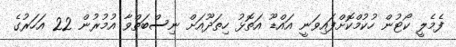
ފެމެލީ ކޯޓުން ހުކުމްކޮށްފައިވަނީ އައްޑޫ އަތޮޅު ހިތަދޫއަށް ނިސްބަތްވާ އުމުރުން 22 އަހަރުގެ